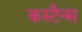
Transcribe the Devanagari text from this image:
कस्टैन्स